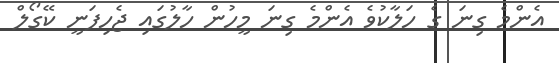
އެންމެ ގިނަ ގެ ހަލާކުވެ އެންމެ ގިނަ މީހުން ހާލުގައި ޖެހިފަނީ ކޭގޯލް